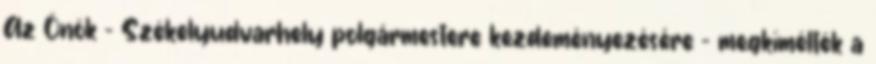
Az Önök – Székelyudvarhely polgármestere kezdeményezésére – megkímélték a